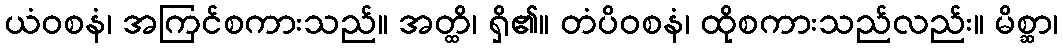
ယံဝစနံ၊ အကြင်စကားသည်။ အတ္ထိ၊ ရှိ၏။ တံပိဝစနံ၊ ထိုစကားသည်လည်း။ မိစ္ဆာ၊